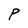
Character: P